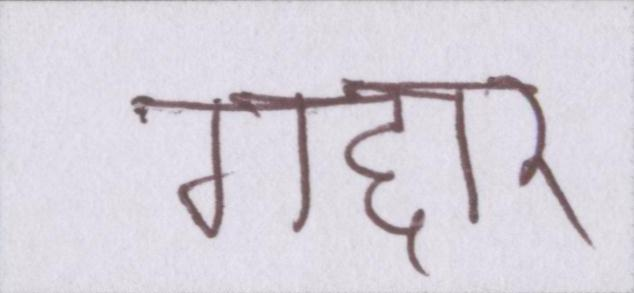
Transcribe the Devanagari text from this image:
गद्दार